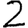
Digit: 2